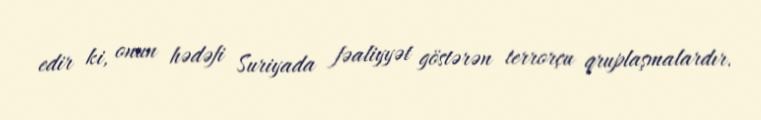
edir ki, onun hədəfi Suriyada fəaliyyət göstərən terrorçu qruplaşmalardır.